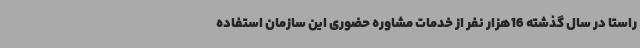
راستا در سال گذشته 16هزار نفر از خدمات مشاوره حضوری این سازمان استفاده